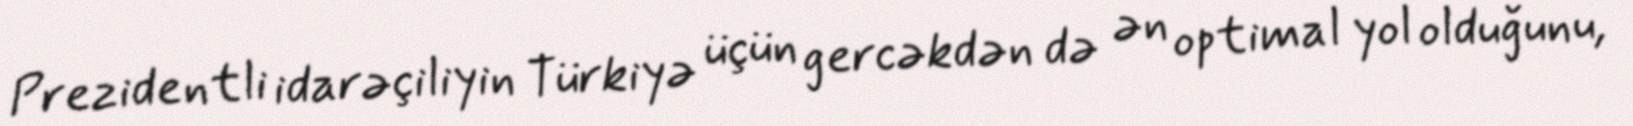
Prezidentli idarəçiliyin Türkiyə üçün gercəkdən də ən optimal yol olduğunu,